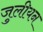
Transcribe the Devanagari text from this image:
जुलीयन